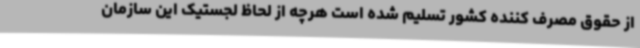
از حقوق مصرف کننده کشور تسلیم شده است هرچه از لحاظ لجستیک این سازمان